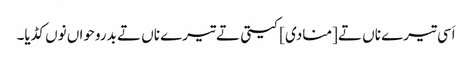
اَسی تیرے ناں تے [منادی] کیتی تے تیرے ناں تے بدروحواں نوں کڈیا۔